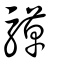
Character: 騲